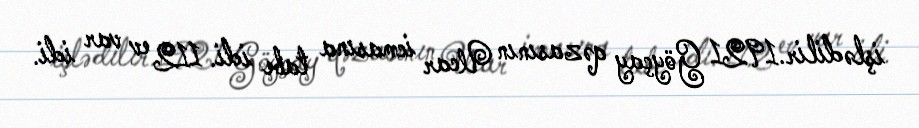
işlədilir.1921 Göyçay qəzasının Ucar icmasına tabe idi. 112 ev var idi.